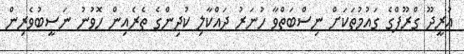
އުރީދޫ ގްރޫޕްގެ ގައުމުތަކަށް ނިސްބަތްވާ ހުނަރު ދައްކާލި ކުދިންގެ ތެެރެއިން ހޮވުނު ނަސީބުވެރިން